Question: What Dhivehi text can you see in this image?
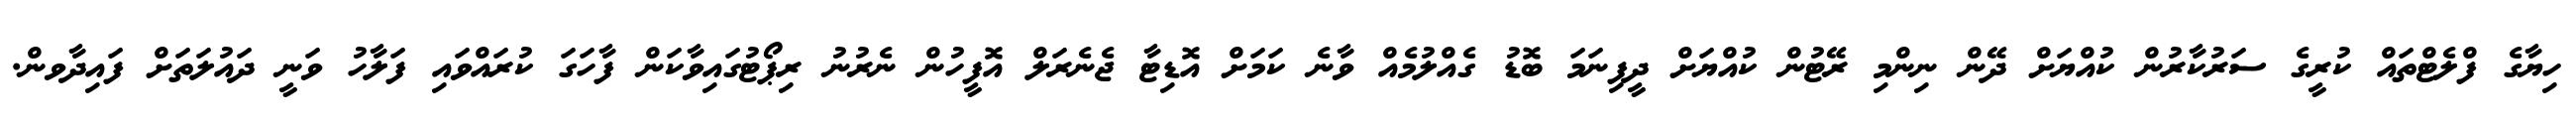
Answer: ހިޔާގެ ފްލެޓްތައް ކުރީގެ ސަރުކާރުން ކުއްޔަށް ދޭން ނިންމި ރޭޓުން ކުއްޔަށް ދީފިނަމަ ބޮޑު ގެއްލުމެއް ވާނެ ކަމަށް އޮޑިޓާ ޖެނެރަލް އޮފީހުން ނެރުނު ރިޕޯޓުގައިވާކަން ފާހަގަ ކުރައްވައި ފަލާހު ވަނީ ދައުލަތަށް ފައިދާވން.